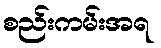
စည်းကမ်းအရ